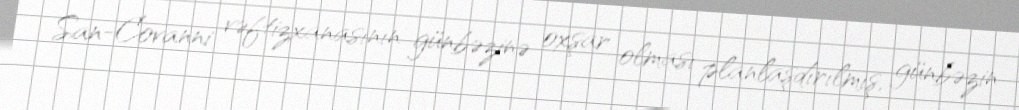
San-Covanni vəftizxanasının günbəzinə oxşar olması planlaşdırılmış, günbəzin